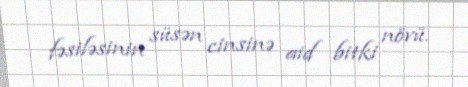
fəsiləsinin süsən cinsinə aid bitki növü.